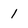
Character: 1